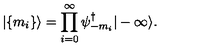
| \{ m _ { i } \} \rangle = \prod _ { i = 0 } ^ { \infty } \psi _ { - m _ { i } } ^ { \dagger } | - \infty \rangle .